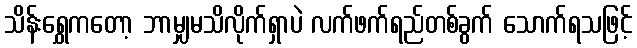
သိန်းရွှေကတော့ ဘာမျှမသိလိုက်ရှာပဲ လက်ဖက်ရည်တစ်ခွက် သောက်ရသဖြင့်